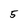
Character: 5